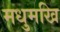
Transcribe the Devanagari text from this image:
मधुमखि